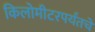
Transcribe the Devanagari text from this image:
किलोमीटरपर्यंतचे